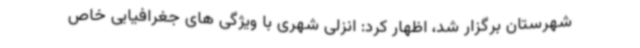
شهرستان برگزار شد، اظهار کرد: انزلی شهری با ویژگی های جغرافیایی خاص